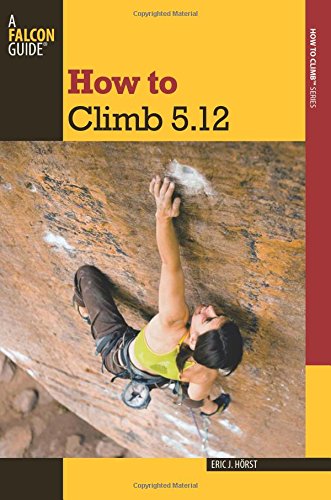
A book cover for How to Climb 5.12 (How To Climb Series); Eric Horst; Sports & Outdoors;